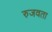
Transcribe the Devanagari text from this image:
रुजवता